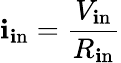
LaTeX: \mathbf{i}_{\mathrm{{\mathbf{i}n}}}={\frac{{V_{\mathrm{{\mathbf{i}n}}}}}{{R_{\mathrm{{\mathbf{i}n}}}}}}